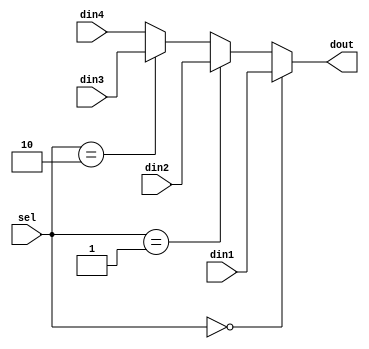
module mux_4to1 (
	// input
	sel, din1, din2, din3, din4,
	// output
	dout
	);
	/*********** Parameter ***********/
	parameter	DATA_WIDTH = 32;
	/*********** signal declaration ***********/
	// input
	input	[1:0]	sel;
	input	[DATA_WIDTH - 1:0]	din1;
	input	[DATA_WIDTH - 1:0]	din2;
	input	[DATA_WIDTH - 1:0]	din3;
	input	[DATA_WIDTH - 1:0]	din4;
	// output
	output	[DATA_WIDTH	- 1:0]	dout;
	reg		[DATA_WIDTH	- 1:0]	dout;

	always @ (*) begin
		if(sel == 2'b00)
			dout <= din1;
		else if (sel == 2'b01)
			dout <= din2;
		else if(sel == 2'b10)
			dout <= din3;
		else
			dout <= din4;
	end

endmodule